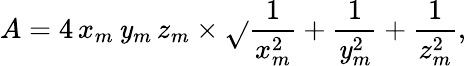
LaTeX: A=4\, x_{m}\, \mathit{y}_{m}\, z_{m}\times{\sqrt{}{{{\frac{{1}}{{x_{m}^{2}}}}+{\frac{{1}}{{\mathit{y}_{m}^{2}}}}+{\frac{{1}}{{z_{m}^{2}}}}}}},